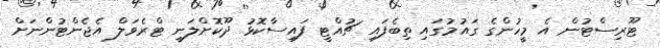
ޓޫރިސްޓުން އެ މީހުންގެ ގައުމުގައި ތިބެފައި ޗުއްޓީ ފައިސާކޮޅު ދޫކޮށްލަނީ ޓްރެވަލް އެޖެންޓުންނަށް